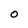
Character: O